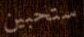
ستحبين